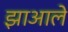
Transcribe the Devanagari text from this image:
झाआले